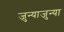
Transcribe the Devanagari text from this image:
जुन्याजुन्या